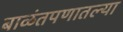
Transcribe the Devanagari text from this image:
बाळंतपणातल्या